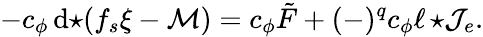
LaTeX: -c_{\phi}\, \mathrm{d}{\star\! \left(f_{s}\xi-{\cal M}\right)}=c_{\phi}\tilde{F}+(-)^{q}c_{\phi}\ell\, {\star{\cal J}_{e}}.